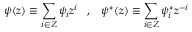
\psi ( z ) \equiv \sum _ { i \in Z } \psi _ { i } z ^ { i } \; \; \; , \; \; \; \psi ^ { \ast } ( z ) \equiv \sum _ { i \in Z } \psi _ { i } ^ { \ast } z ^ { - i }